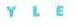
YLE